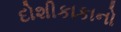
દોશીકાકાનો